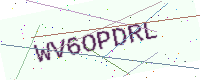
Text: WV6OPDRL